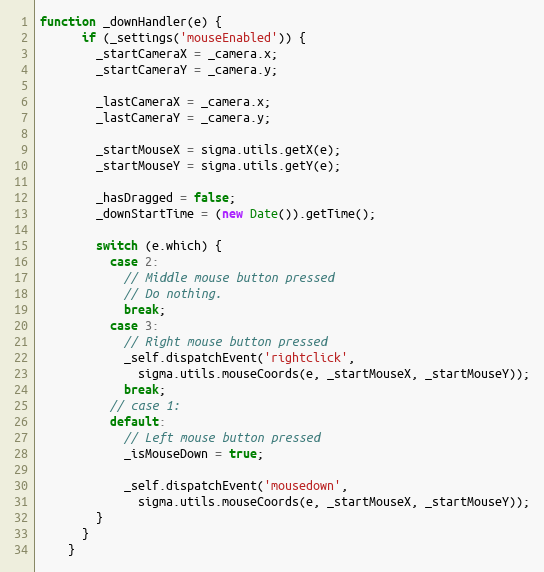
Language: JavaScript
function _downHandler(e) {
      if (_settings('mouseEnabled')) {
        _startCameraX = _camera.x;
        _startCameraY = _camera.y;

        _lastCameraX = _camera.x;
        _lastCameraY = _camera.y;

        _startMouseX = sigma.utils.getX(e);
        _startMouseY = sigma.utils.getY(e);

        _hasDragged = false;
        _downStartTime = (new Date()).getTime();

        switch (e.which) {
          case 2:
            // Middle mouse button pressed
            // Do nothing.
            break;
          case 3:
            // Right mouse button pressed
            _self.dispatchEvent('rightclick',
              sigma.utils.mouseCoords(e, _startMouseX, _startMouseY));
            break;
          // case 1:
          default:
            // Left mouse button pressed
            _isMouseDown = true;

            _self.dispatchEvent('mousedown',
              sigma.utils.mouseCoords(e, _startMouseX, _startMouseY));
        }
      }
    }